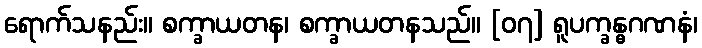
ရောက်သနည်း။ စက္ခာယတန၊ စက္ခာယတနသည်။ [၀၇] ရူပက္ခန္ဓဂဏနံ၊